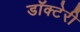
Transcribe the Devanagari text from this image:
डॉक्टेरी